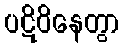
ပဋိဝိနေတွာ